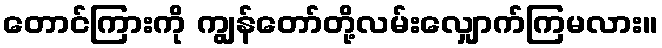
တောင်ကြားကို ကျွန်တော်တို့လမ်းလျှောက်ကြမလား။